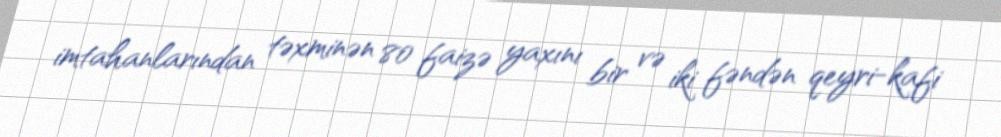
imtahanlarından təxminən 80 faizə yaxını bir və iki fəndən qeyri-kafi